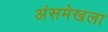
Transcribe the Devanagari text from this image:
अंसमेखला